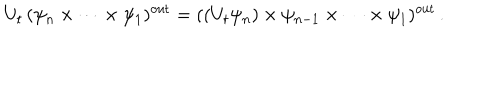
U _ { t } \, ( \psi _ { n } \times \cdots \times \psi _ { 1 } ) ^ { \mathrm { o u t } } = ( ( U _ { t } \psi _ { n } ) \times \psi _ { n - 1 } \times \cdots \times \psi _ { 1 } ) ^ { \mathrm { o u t } } \, .